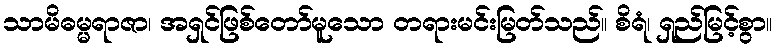
သာမိဓမ္မရာဇာ၊ အရှင်ဖြစ်တော်မူသော တရားမင်းမြတ်သည်။ စိရံ၊ ရှည်မြင့်စွာ။